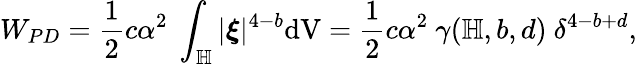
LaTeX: W_{PD}=\frac{1}{2}c\alpha^{2}\ \int_{\mathbb{H}}|\boldsymbol{\xi}|^{4-b}\textup{dV}=\frac{1}{2}c\alpha^{2}\ \gamma(\mathbb{H},b,d)\ \delta^{4-b+d},